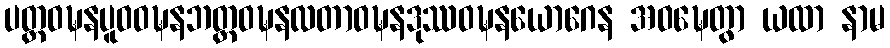
ပတ္တဝဍ္ဎနပူဝဝဍ္ဎနဘတ္တဝဍ္ဎနလတာဝဍ္ဎနဒုဿဝဍ္ဎနယောဂေန အဝဍ္ဎေတွာ ယထာ နာမ